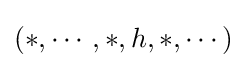
(*,\cdots ,*,h,*,\cdots )